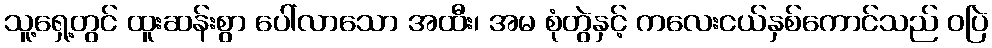
သူ့ရှေ့တွင် ထူးဆန်းစွာ ပေါ်လာသော အထီး၊ အမ စုံတွဲနှင့် ကလေးငယ်နှစ်ကောင်သည် ဝပြဲ